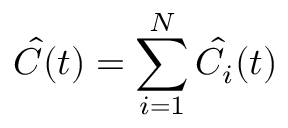
\hat { C } ( t ) = \sum _ { i = 1 } ^ { N } \hat { C } _ { i } ( t )